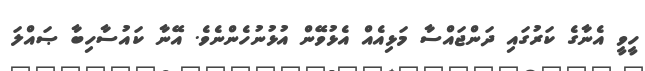
ހީވީ އެނާގެ ކަރުގައި ދަންޖައްސާ މަޅިއެއް އެޅުވޭން އުޅުނުހެންނެވެ. އޭނާ ކައުސާހިބާ ޞައްލަ